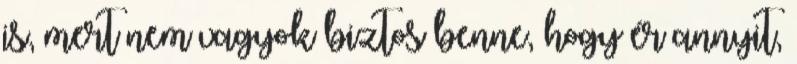
is, mert nem vagyok biztos benne, hogy ér annyit,